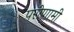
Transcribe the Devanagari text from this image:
परीणामी